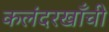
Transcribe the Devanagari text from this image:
कलंदरखाँची